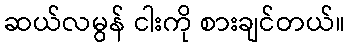
ဆယ်လမွန် ငါးကို စားချင်တယ်။